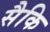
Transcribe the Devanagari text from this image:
सैकि